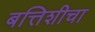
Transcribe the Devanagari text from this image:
बत्तिशीचा